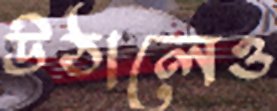
উঠালেও